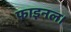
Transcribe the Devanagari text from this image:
फाइनल।